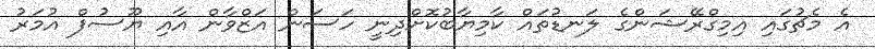
އެ މެޗުގައި އިމިގްރޭޝަންގެ ލަނޑުތައް ކާމިޔާބުކޮށްދިނީ ހަސަން އަޒްވާން އާއި ޔޫސުފް އުމަރު